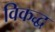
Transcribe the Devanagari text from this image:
विकद्ध